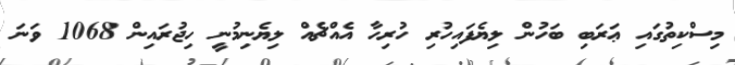
މިސްކިތުގައި ޢަރަބި ބަހުން ލިޔެފައިހުރި ހުރިހާ އެއްޗެއް ލިޔެނިމުނީ ހިޖުރައިން 1068 ވަނަ